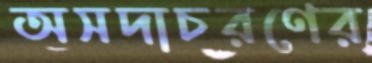
অসদাচরণের